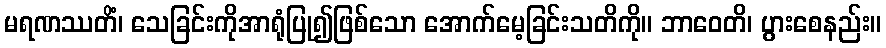
မရဏဿတိံ၊ သေခြင်းကိုအာရုံပြု၍ဖြစ်သော အောက်မေ့ခြင်းသတိကို။ ဘာဝေတိ၊ ပွားစေနည်း။